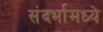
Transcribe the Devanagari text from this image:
संदर्भामध्ये